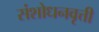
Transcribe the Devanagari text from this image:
संशोधनवृत्ती